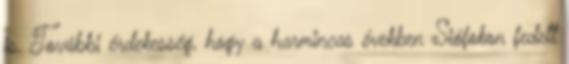
is. További érdekesség, hogy a harmincas években Siófokon fedett